Report on the working of the Ranchi Indian Mental Hospital, Kanke, in Bihar and Orissa - 1930-1940
Year: 1930
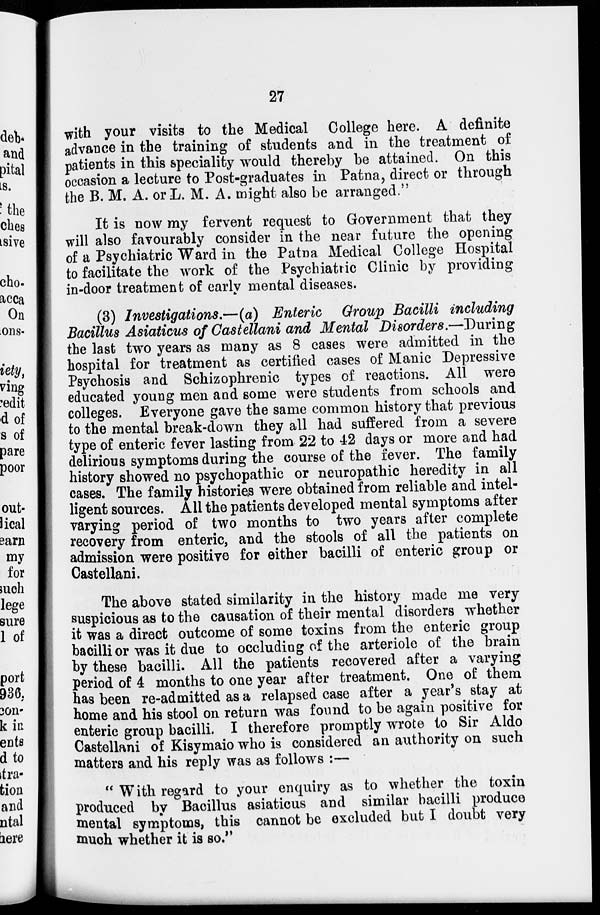
27
with your visits to the Medical College here. A definite
advance in the training of students and in the treatment of
patients in this speciality would thereby be attained. On this
occasion a lecture to Post-graduates in Patna, direct or through
the B. M. A. or L. M. A. might also be arranged."
It is now my fervent request to Government that they
will also favourably consider in the near future the opening
of a Psychiatric Ward in the Patna Medical College Hospital
to facilitate the work of the Psychiatric Clinic by providing
in-door treatment of early mental diseases.
(3) Investigations.—(a) Enteric Group Bacilli including
Bacillus Asiaticus of Castellani and Mental Disorders.—During
the last two years as many as 8 cases were admitted in the
hospital for treatment as certified cases of Manic Depressive
Psychosis and Schizophrenic types of reactions. All were
educated young men and some were students from schools and
colleges. Everyone gave the same common history that previous
to the mental break-down they all had suffered from a severe
type of enteric fever lasting from 22 to 42 days or more and had
delirious symptoms during the course of the fever. The family
history showed no psychopathic or neuropathic heredity in all
cases. The family histories were obtained from reliable and intel-
ligent sources. All the patients developed mental symptoms after
varying period of two months to two years after complete
recovery from enteric, and the stools of all the patients on
admission were positive for either bacilli of enteric group or
Castellani.
The above stated similarity in the history made me very
suspicious as to the causation of their mental disorders whether
it was a direct outcome of some toxins from the enteric group
bacilli or was it due to occluding of the arteriole of the brain
by these bacilli. All the patients recovered after a varying
period of 4 months to one year after treatment. One of them
has been re-admitted as a relapsed case after a year's stay at
home and his stool on return was found to be again positive for
enteric group bacilli. I therefore promptly wrote to Sir Aldo
Castellani of Kisymaio who is considered an authority on such
matters and his reply was as follows :—
" With regard to your enquiry as to whether the toxin
produced by Bacillus asiaticus and similar bacilli produce
mental symptoms, this cannot be excluded but I doubt very
much whether it is so."